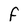
Character: F